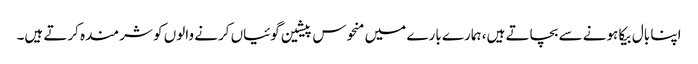
اپنا بال بیکا ہونے سے بچاتے ہیں، ہمارے بارے میں منحوس پیشین گوئیاں کرنے والوں کو شرمندہ کرتے ہیں۔